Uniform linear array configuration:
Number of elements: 4
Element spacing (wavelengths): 0.5
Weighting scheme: blackman
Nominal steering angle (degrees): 45
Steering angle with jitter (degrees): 46.959
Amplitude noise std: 0.05
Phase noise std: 0.05

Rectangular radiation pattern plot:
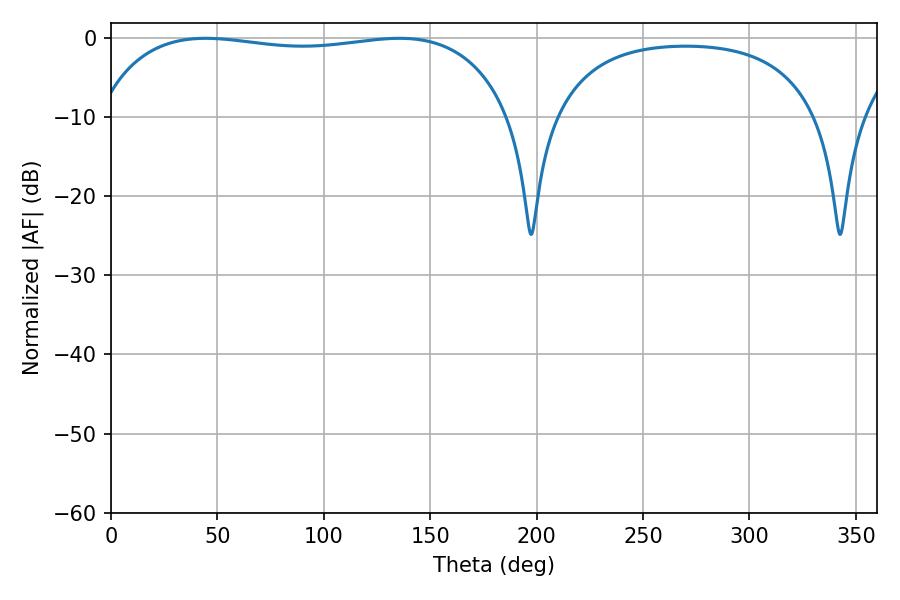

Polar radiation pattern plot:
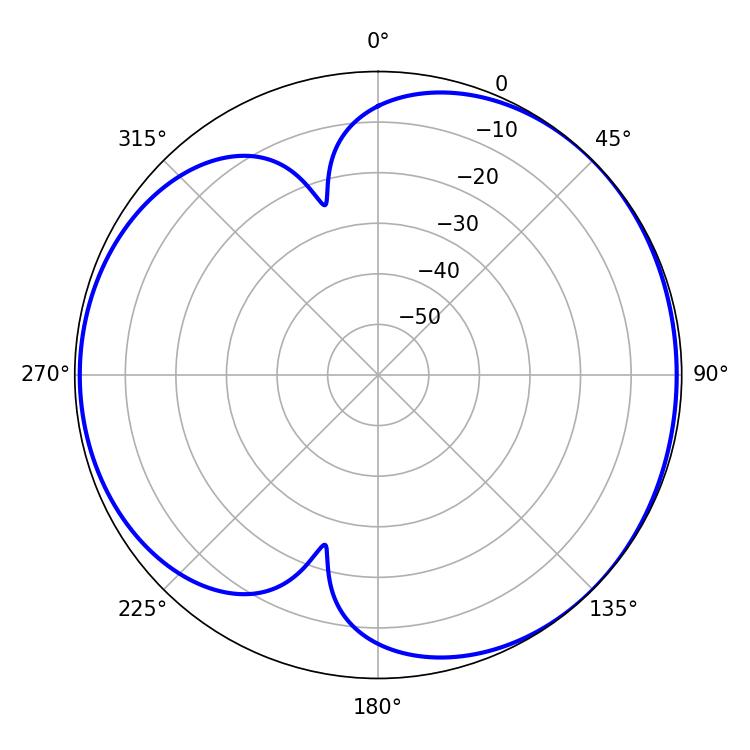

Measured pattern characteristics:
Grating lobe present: FALSE
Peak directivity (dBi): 4.438
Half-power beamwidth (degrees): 156.96
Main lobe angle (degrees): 44.46